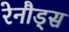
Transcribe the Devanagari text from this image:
रेनौड्स